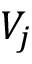
V _ { j }